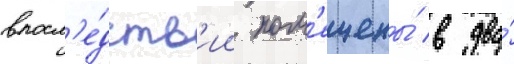
впосл'е́дств'ии пом'ещены́ в два́